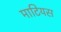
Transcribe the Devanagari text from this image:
माटियस